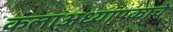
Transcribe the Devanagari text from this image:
कलाअध्यापकाचे